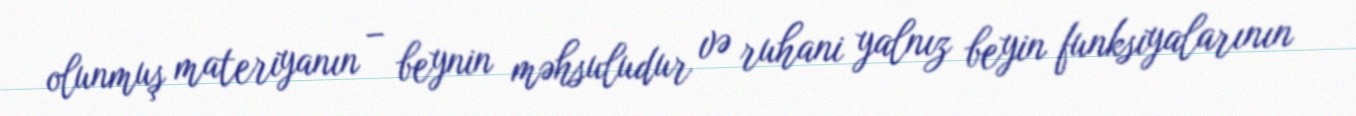
olunmuş materiyanın – beynin məhsuludur və ruhani yalnız beyin funksiyalarının